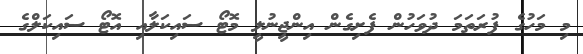
މި މަހުގެ ފުރަތަމަ ދުވަހުން ފެށިގެން އިންޖީނުލީ މޮޓޯ ސައިކަލާއި އޮޓޯ ސައިކަލްގެ